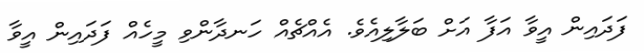
ފަދައިން އީވާ އަފާ އަށް ބަލާލިއެވެ. އެއްޗެއް ހަނދާންވި މީހެއް ފަދައިން އީވާ